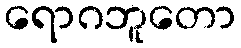
ရောဂဘူတော